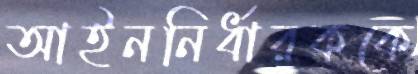
আইননির্ধারককে